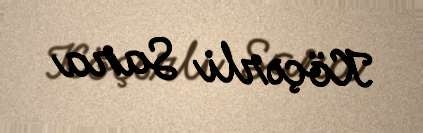
Köçərli Sara